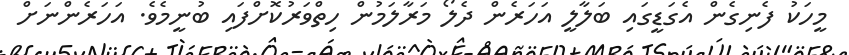
މީހަކު ފެނިގެން އެގަޑީގައި ބަލާލީ އަހަރެން ދެލޯ މަރާލަމުން ހިތްވަރުކޮށްފައި ބުނީމެވެ. އަހަރެންނަށް